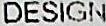
DESIGN